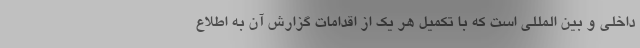
داخلی و بین المللی است که با تکمیل هر یک از اقدامات گزارش آن به اطلاع